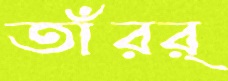
তাঁরর্